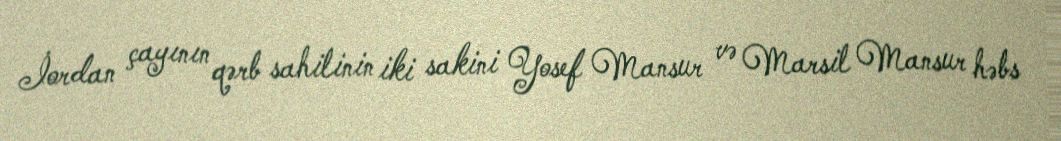
İordan çayının qərb sahilinin iki sakini Yosef Mansur və Marsil Mansur həbs